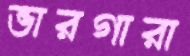
ভারগারা